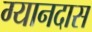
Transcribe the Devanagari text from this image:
ग्यानदास